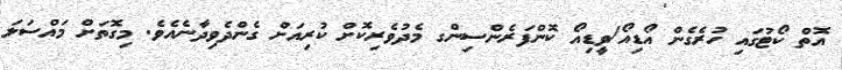
އޮތް ކޯޓުގައި ހުރެގެން އޯޑިއޯ/ވީޑިއޯ ކޮންފަރެންސިންގ މެދުވެރިކޮށް ކުރިއަށް ގެންދެވިދާނެއެވެ. މިގޮތަށް މައްސަލަ